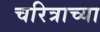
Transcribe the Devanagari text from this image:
चरित्राच्या